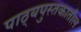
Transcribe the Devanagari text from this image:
पाठ्यपुस्तकातील